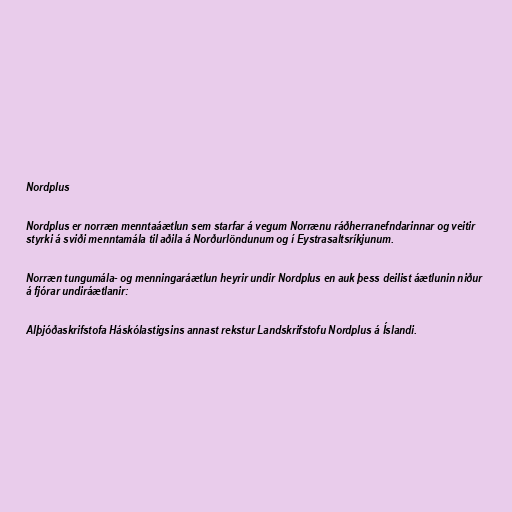
Nordplus

Nordplus er norræn menntaáætlun sem starfar á vegum Norrænu ráðherranefndarinnar og veitir
styrki á sviði menntamála til aðila á Norðurlöndunum og í Eystrasaltsríkjunum.

Norræn tungumála- og menningaráætlun heyrir undir Nordplus en auk þess deilist áætlunin niður
á fjórar undiráætlanir:

Alþjóðaskrifstofa Háskólastigsins annast rekstur Landskrifstofu Nordplus á Íslandi.